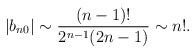
\begin{align*} |b_{n0}| \sim \frac{(n-1)!}{2^{n-1} (2n-1)} \sim n!.\end{align*}